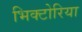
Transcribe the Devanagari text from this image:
भिक्टोरिया